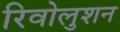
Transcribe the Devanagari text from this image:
रिवोलुशन